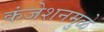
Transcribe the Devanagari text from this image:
कंजेशनमुळे